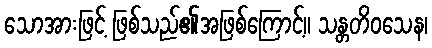
သောအားဖြင့် ဖြစ်သည်၏အဖြစ်ကြောင့်။ သန္တတိဝသေန၊